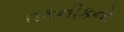
તકનીકનો